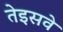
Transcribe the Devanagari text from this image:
तेइसवे